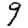
Digit: 9